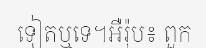
ទៀតឬទេ។អឺរ៉ុប៖ ពួក